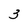
Character: 3